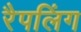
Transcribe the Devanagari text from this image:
रैपलिंग